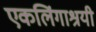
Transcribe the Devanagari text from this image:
एकलिंगाश्रयी